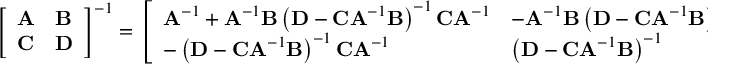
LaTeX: { \left[ \begin{array} { l l } { \mathbf { A } } & { \mathbf { B } } \\ { \mathbf { C } } & { \mathbf { D } } \end{array} \right] } ^ { - 1 } = { \left[ \begin{array} { l l } { \mathbf { A } ^ { - 1 } + \mathbf { A } ^ { - 1 } \mathbf { B } \left( \mathbf { D } - \mathbf { C A } ^ { - 1 } \mathbf { B } \right) ^ { - 1 } \mathbf { C A } ^ { - 1 } } & { - \mathbf { A } ^ { - 1 } \mathbf { B } \left( \mathbf { D } - \mathbf { C A } ^ { - 1 } \mathbf { B } \right) ^ { - 1 } } \\ { - \left( \mathbf { D } - \mathbf { C A } ^ { - 1 } \mathbf { B } \right) ^ { - 1 } \mathbf { C A } ^ { - 1 } } & { \left( \mathbf { D } - \mathbf { C A } ^ { - 1 } \mathbf { B } \right) ^ { - 1 } } \end{array} \right] } ,